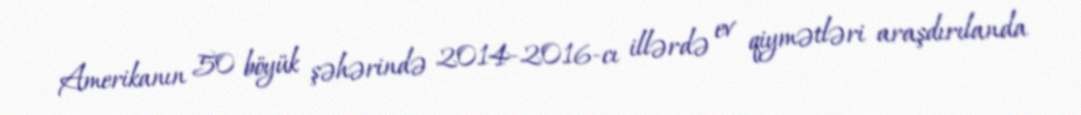
Amerikanın 50 böyük şəhərində 2014-2016-cı illərdə ev qiymətləri araşdırılanda